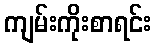
ကျမ်းကိုးစာရင်း